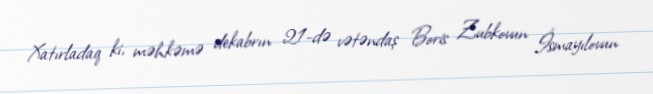
Xatırladaq ki, məhkəmə dekabrın 21-də vətəndaş Boris Zubkovun İsmayılovun